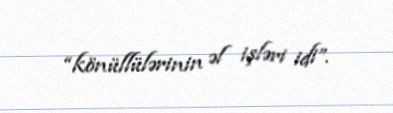
“könüllülərinin əl işləri idi”.